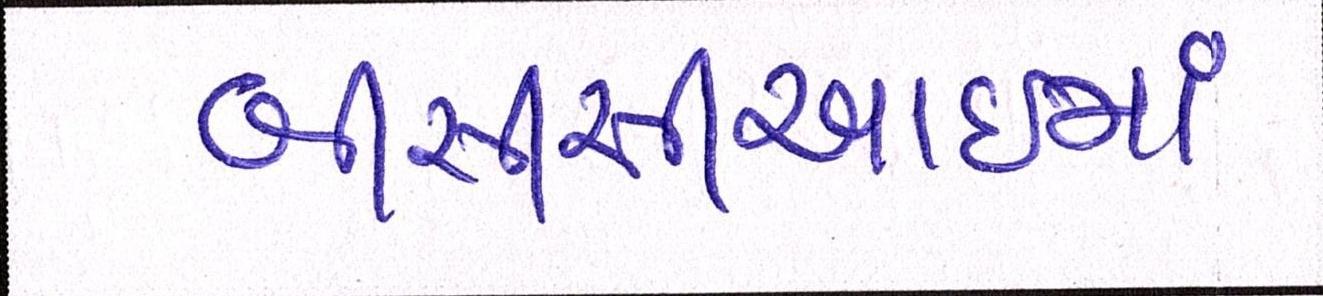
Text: બીસીસીઆઈમાં